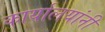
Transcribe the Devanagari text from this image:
कार्यालयांनी